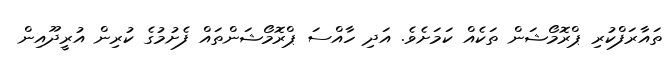
ތައާރަފްކުރި ޕްރޮމޯޝަން ތަކެއް ކަމަށެވެ. އަދި ހާއްސަ ޕްރޮމޯޝަންތައް ފެށުމުގެ ކުރިން އުރީދޫއިން